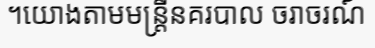
។យោងតាមមន្ត្រីនគរបាល ចរាចរណ៍